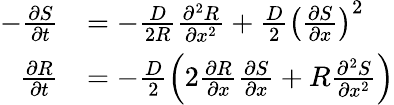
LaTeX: \begin{array}{rl}{-\frac{\partial S}{\partial t}}&{=-\frac{D}{2R}\frac{\partial^{2}R}{\partial x^{2}}+\frac{D}{2}\left(\frac{\partial S}{\partial x}\right)^{2}}\\ {\frac{\partial R}{\partial t}}&{=-\frac{D}{2}\left(2\frac{\partial R}{\partial x}\frac{\partial S}{\partial x}+R\frac{\partial^{2}S}{\partial x^{2}}\right)}\end{array}